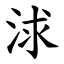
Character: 浗